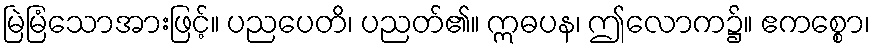
မြဲမြံသောအားဖြင့်။ ပညပေတိ၊ ပညတ်၏။ ဣဓပန၊ ဤလောက၌။ ဧကစ္စော၊